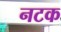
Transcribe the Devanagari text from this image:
नटक